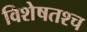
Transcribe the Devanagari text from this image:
विशेषतश्च